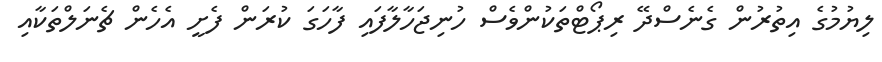
ލިޔުމުގެ އިތުރުން ގެނެސްދޭ ރިޕޯޓްތަކުންވެސް ހުނިޖަހާލާފައި ފާހަގަ ކުރަން ފެށީ އެހެން ޗެނަލްތަކާއި